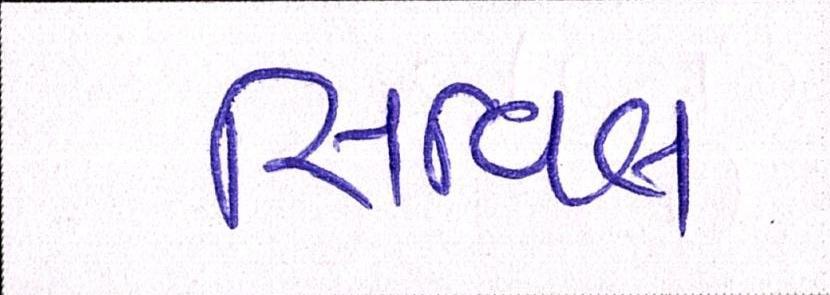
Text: સિવીલ